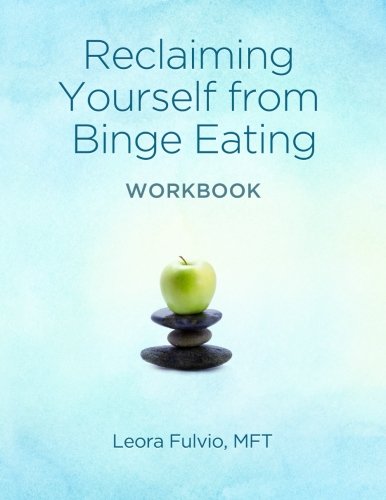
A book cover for Reclaiming Yourself From Binge Eating - The Workbook; Leora Fulvio; Self-Help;